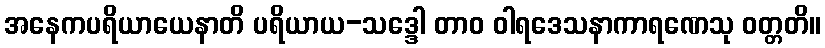
အနေကပရိယာယေနာတိ ပရိယာယ-သဒ္ဒေါ တာဝ ဝါရဒေသနာကာရဏေသု ဝတ္တတိ။